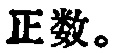
正数。